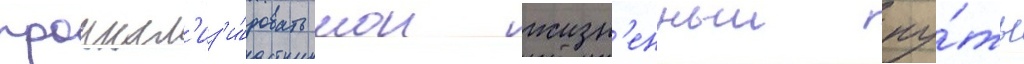
проанал'из'и́ровать мои жизн'енныи пу́ть